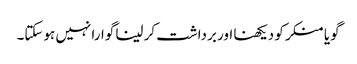
گویا منکر کو دیکھنا اور برداشت کر لینا گوارا نہیں ہوسکتا۔